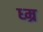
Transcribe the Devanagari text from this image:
ध्म्र